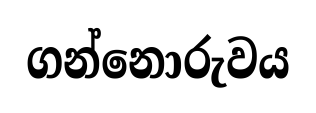
ගන්නොරුවය